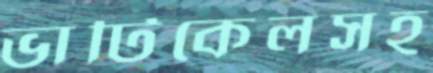
ভার্টিকেলসহ